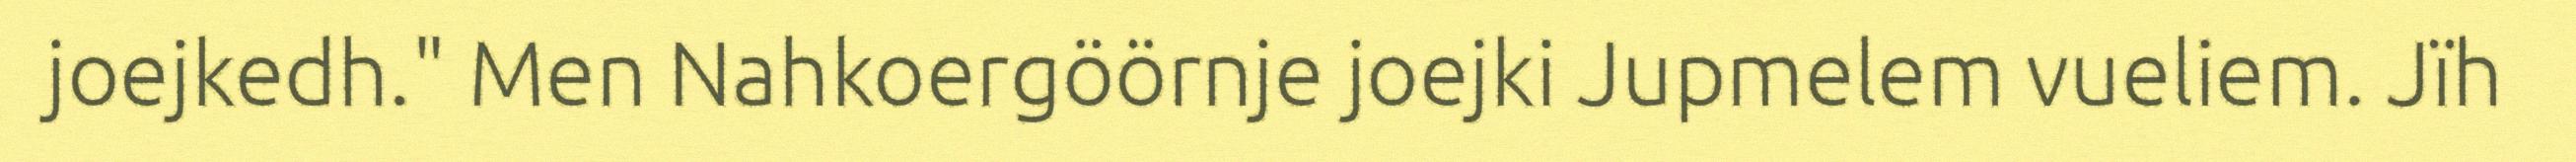
joejkedh." Men Nahkoergöörnje joejki Jupmelem vueliem. Jïh